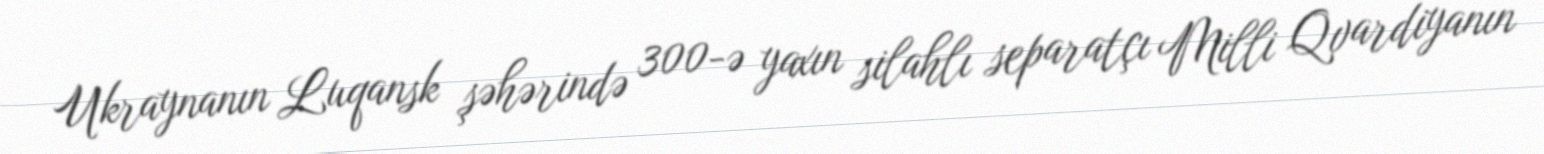
Ukraynanın Luqansk şəhərində 300-ə yaxın silahlı separatçı Milli Qvardiyanın